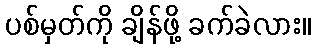
ပစ်မှတ်ကို ချိန်ဖို့ ခက်ခဲလား။